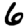
Digit: 6